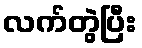
လက်တွဲပြီး